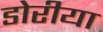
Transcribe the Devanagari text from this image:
डोरीया